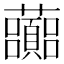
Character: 虈